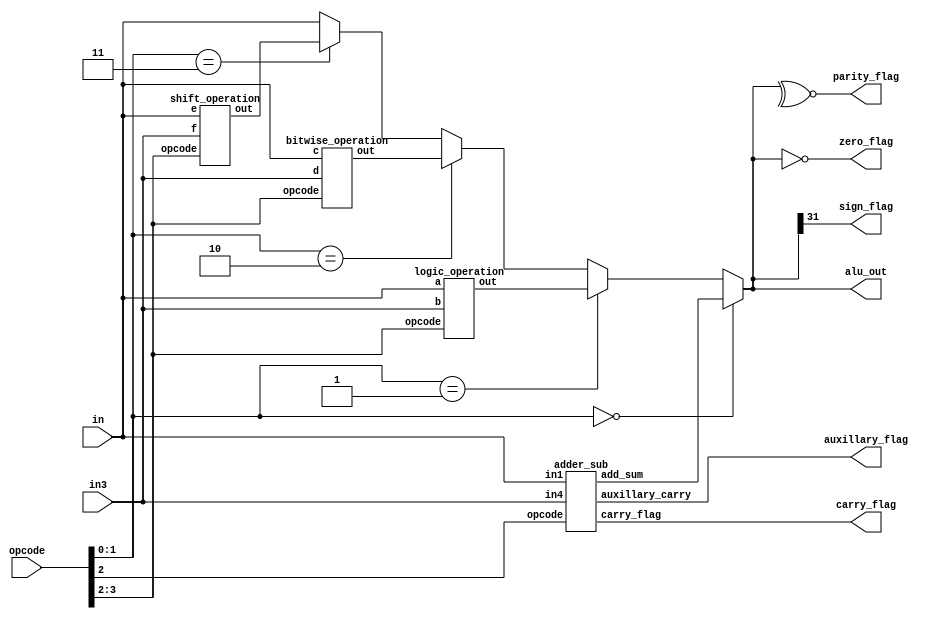
 
 `timescale 1ns/1ns

  module alu #(parameter DATA_WIDTH =32, CONTROL =4)(

   input [DATA_WIDTH-1:0]in,in3,

   input [CONTROL-1:0]opcode,

   output [DATA_WIDTH-1:0]alu_out,

  //input Enable,

   output parity_flag,
          zero_flag,
	      sign_flag,
          carry_flag,
	      auxillary_flag
          );

//    localparam DATA_WIDTH = 32, CONTROL = 4;

   wire [DATA_WIDTH-1:0] adder_sub_out,logic_operation_out,bitwise_operation_out,shift_operation_out;

                                              //   opcode[1:0] = 00  +  opcode[2]                         // 0/1 (ADDITION/SUBTRACTION) -> 1-BIT   
					      //   opcode[1:0] = 01  +  opcode[3:2]			  // 00/01/10/11 (Logical Operation) --> 2-BIT
					      //   opcode[1:0] = 10  +  opcode[3:2]			  // 00/01/10/11 (bitwise Operation) --> 2-BIT
					      //   opcode[1:0] = 11  +  opcode[3:2]			  // 00/01/10/11 (shift Operation) --> 2-BIT

  assign parity_flag = ~^alu_out ;
  assign zero_flag = (alu_out == 0) ;
  assign sign_flag = alu_out[DATA_WIDTH-1] ;

  assign alu_out = (opcode[1:0] == 0) ? adder_sub_out : 
		   ((opcode[1:0] == 2'd1) ? logic_operation_out : 
		   ((opcode[1:0] == 2'd2) ? bitwise_operation_out: 
	           ((opcode[1:0] == 2'd3) ? shift_operation_out : in))) ;



   adder_sub a1(                                   // ADDITION AND SUBTRACTION Operation
	      in,in3,
	      opcode[2],
	      adder_sub_out,
	      carry_flag,
	      auxillary_flag 
	      );
		                                          
                                                  

   logic_operation a2(
	              in,in3,
	             opcode[3:2],                  // AND,OR,NOT,logical equality
	              logic_operation_out 
	             );

   bitwise_operation a3(
	              in,in3,
	              opcode[3:2],                  // bitwise- (AND,OR,NOT,xor)
	               bitwise_operation_out
	               );

   shift_operation a4(
	             in,in3,
	             opcode[3:2],                  // shift- (right,left,arithmetic left,arithmetic right)
	             shift_operation_out
	             );


 endmodule  


     module adder_sub #(parameter DATA_WIDTH = 32)(                                   // ADDITION AND SUBTRACTION Operation
	   input [DATA_WIDTH-1:0]in1,in4,
	   input opcode,
	   output [DATA_WIDTH-1:0]add_sum,
	   output carry_flag,
	   output auxillary_carry 
	   );
	   
           wire [DATA_WIDTH-1:0]temp;

           adder_sub_16 we1(in1[15:0],in4[15:0],opcode,1'b0,add_sum[15:0],auxillary_carry);
           adder_sub_16 we2(in1[31:16],in4[31:16],opcode,auxillary_carry,add_sum[31:16],carry_flag);

	  endmodule

      module adder_sub_16 #(parameter DATA_WIDTH =32)(                                   // ADDITION AND SUBTRACTION Operation
	   input [((DATA_WIDTH/2)-1):0]in5,in6,
	   input opcode,cin,
	   output [((DATA_WIDTH/2)-1):0]add_sum,
	   output carry
	   );
	  // localparam DATA_WIDTH = 32; 
           wire [(DATA_WIDTH/2):0]temp;
        
       	  //assign temp = {(DATA_WIDTH/2){opcode}} ^ {in2,cin};                                        // 2's complement logic

          //  assign {auxillary_carry,add_sum[15:0]} = in1[15:0] + temp[15:0] + opcode;       // if opcode = 1 SUB else ADD operation
     
	  // assign {carry,add_sum} = in1 + temp + opcode ;
	 
	  assign {carry,add_sum} = opcode ? (in5-in6-cin) : (in5+in6+cin) ;

	  endmodule



  module logic_operation #(parameter DATA_WIDTH =32)(
	   input [DATA_WIDTH-1:0]a,b,
	   input [1:0]opcode,                  // AND,OR,NOT,logical equality
	   output [DATA_WIDTH-1:0]out 
	   );
    
 //localparam DATA_WIDTH = 32; 

	   assign out = (opcode == 0) ? a&&b : 
		          ((opcode==2'd1) ? (a||b) : 
		     	  ((opcode==2'd2) ? !a : 
			      ((opcode==2'd3) ? (a==b) : a))) ;

		endmodule

   module bitwise_operation #(parameter DATA_WIDTH =32) (
	   input [DATA_WIDTH-1:0]c,d,
	   input [1:0]opcode,                  // bitwise- (AND,OR,NOT,xor)
	   output [DATA_WIDTH-1:0]out 
	   );
    
 //localparam DATA_WIDTH = 32; 

	   assign out = (opcode == 0) ? c&d : 
		        ((opcode==2'd1) ? (c|d) : 
			     ((opcode==2'd2) ? ~c : 
			    ((opcode==2'd3) ? (c^d) : c ))) ;

		endmodule


   module shift_operation #(parameter DATA_WIDTH =32) (
	   input [DATA_WIDTH-1:0]e,f,
	   input [1:0]opcode,                  // shift- (right,left,arithmetic left,arithmetic right)
	   output [DATA_WIDTH-1:0]out 
	   );
   //localparam DATA_WIDTH = 32; 


	   assign out = (opcode == 0) ? e>>f : 
		        ((opcode==2'd1) ? (e<<f) : 
			((opcode==2'd2) ? e<<<f : 
			((opcode==2'd3) ? (e>>>f) : e))) ;

		endmodule